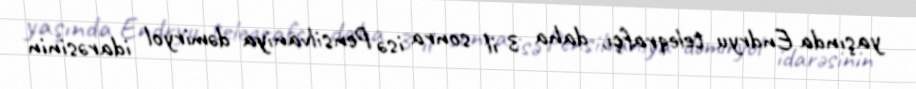
yaşında Endryu teleqrafçı, daha 3 il sonra isə Pensilvaniya dəmiryol idarəsinin